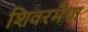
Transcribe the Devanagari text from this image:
शिवरमैया